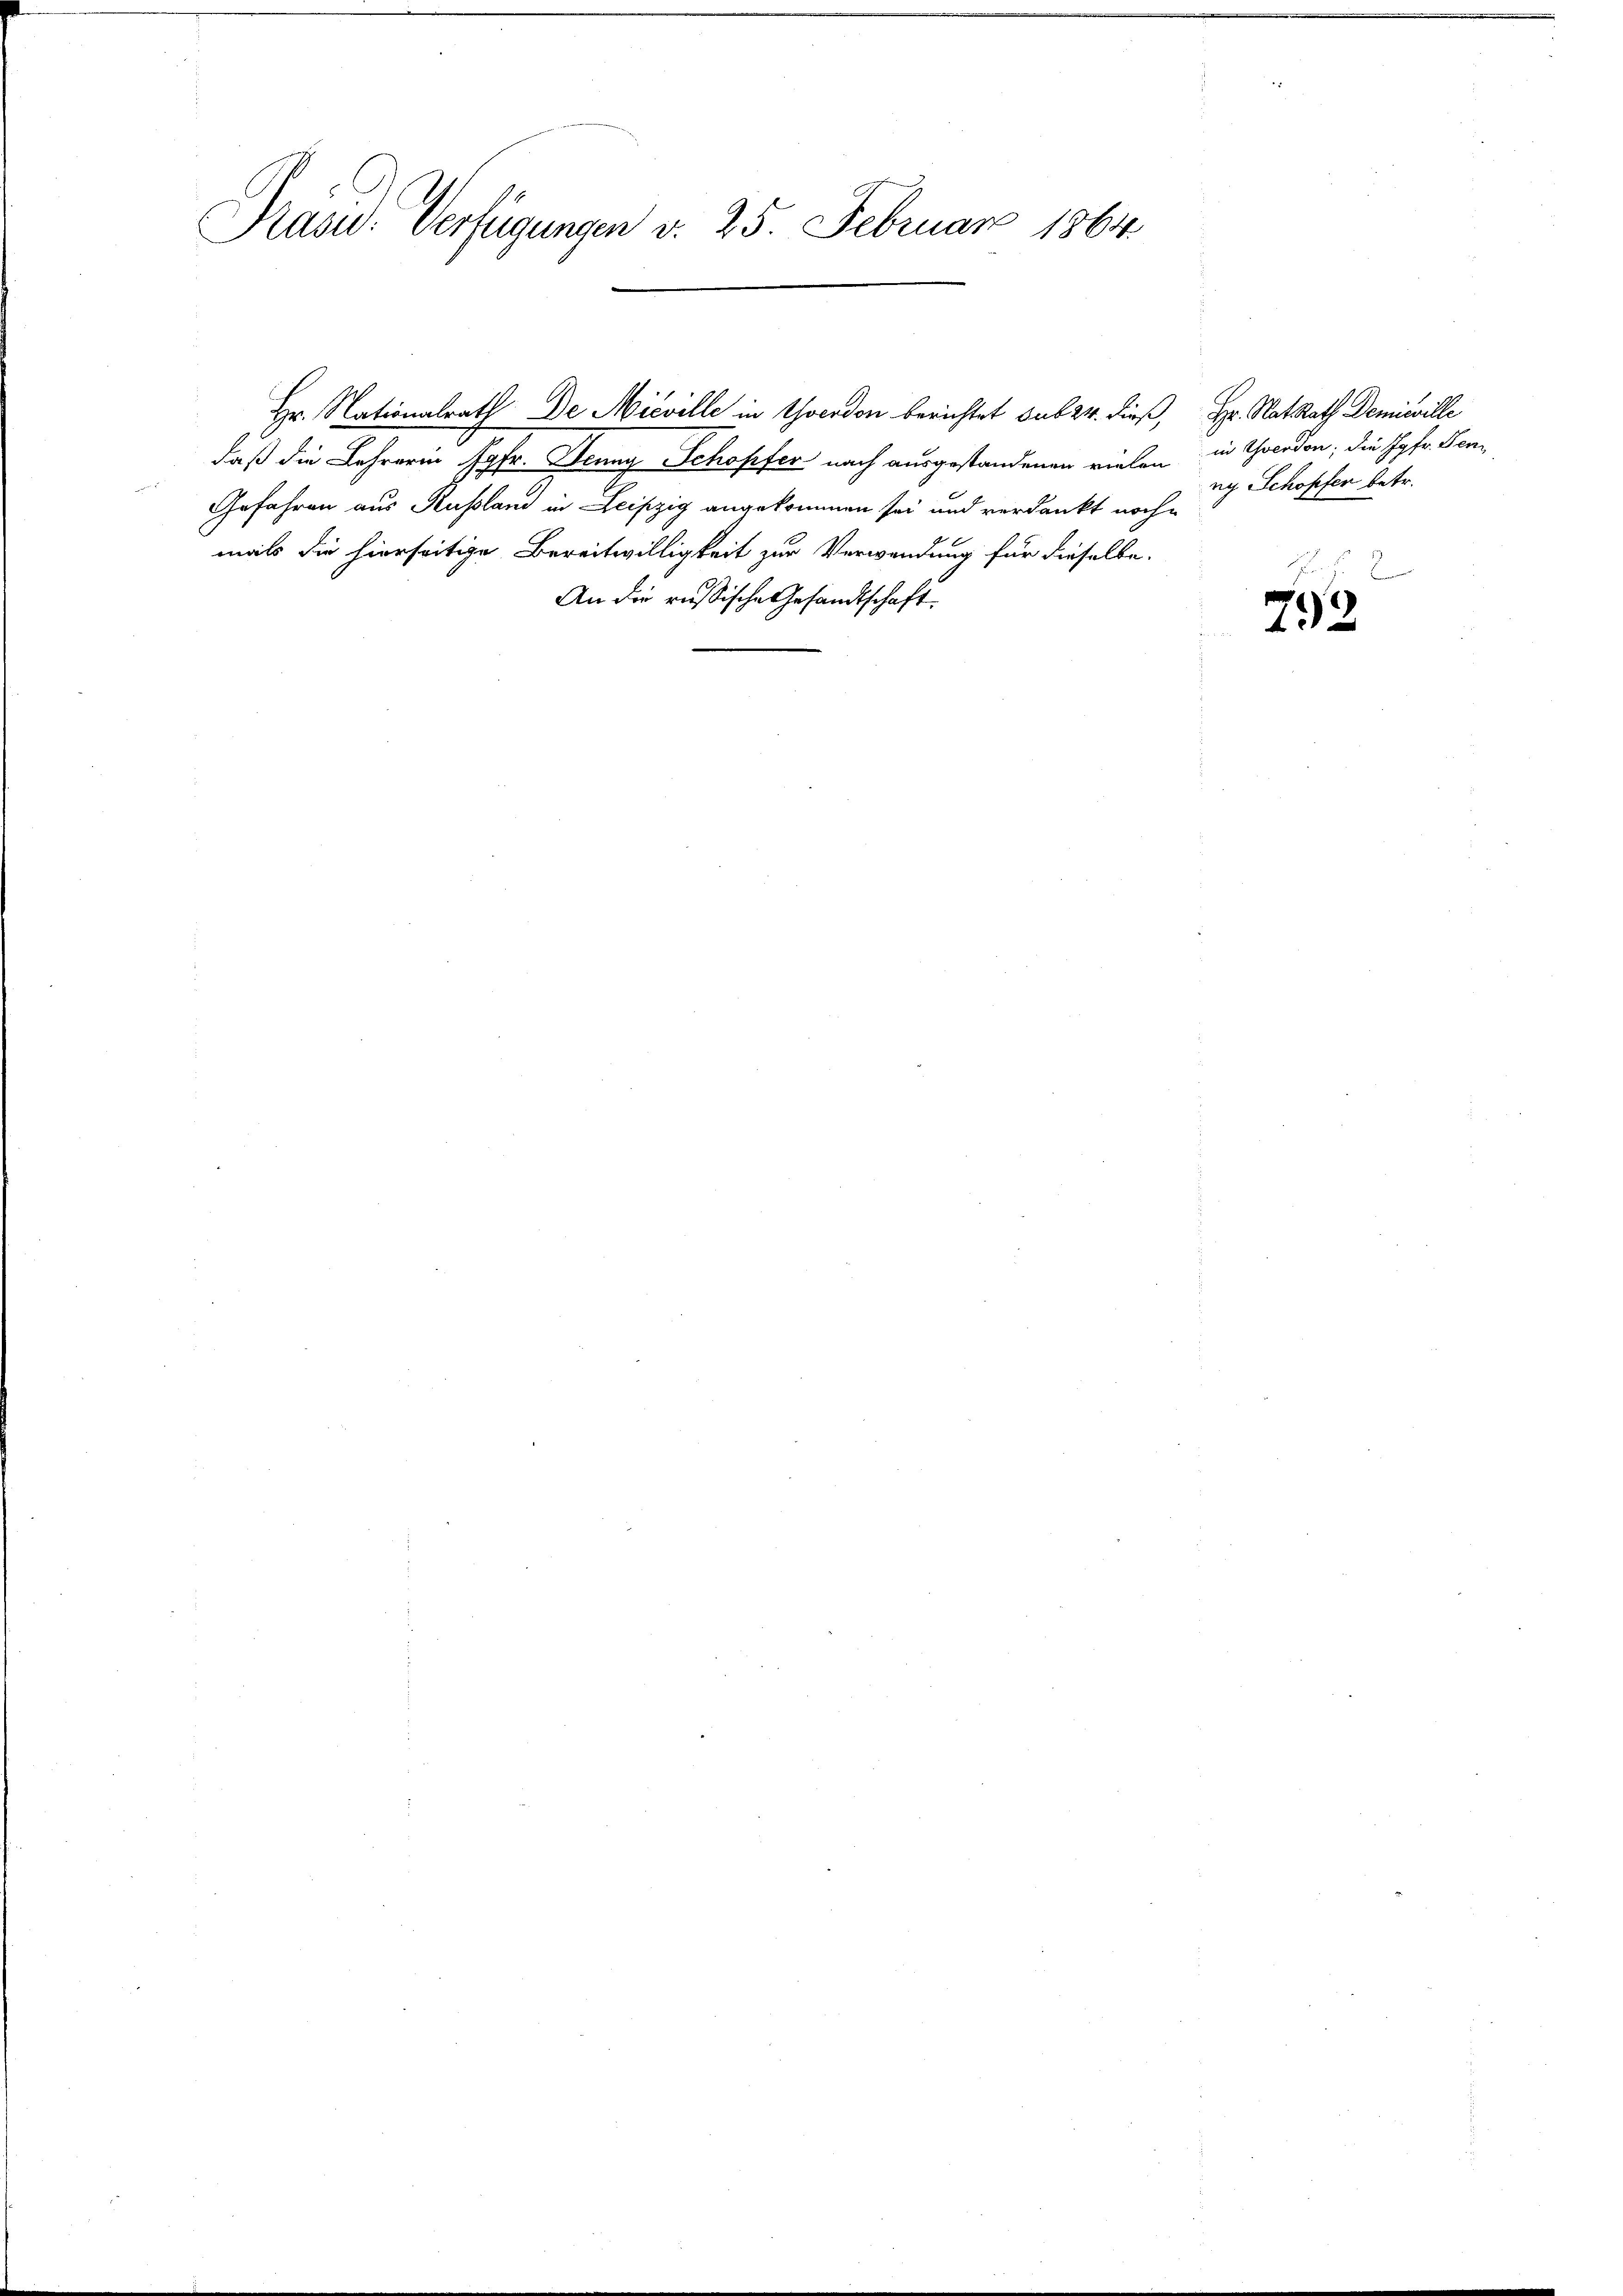
Präsid. Verfügungen v. 25. Februar 1864

daß die Lehrerin Jgfr. Jenny Schopfer nach ausgestandenen vielen
Gefahren aus Russland in Leipzig angekommen sei und verdankt noche
mals die hierseitige Bereitwilligkeit zur Verwendung für dieselbe.
An die russische Gesandtschaft.

Hr. Nationalrath De Nieville in Yverdon berichtet sub 24. dieß,

Hr. Rat Rath Demiwille
in Yverdon; die Jgfr. Seni
ny Schopfen betr.
b

792